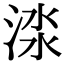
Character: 渁